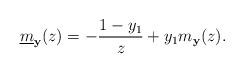
LaTeX: \begin{align*} \underline{m}_{{\mathbf y}}(z)=-\frac{1-y_1}{z}+y_1m_{{\mathbf y}}(z).\end{align*}